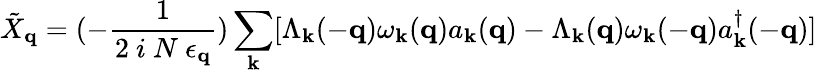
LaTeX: {\tilde{X}}_{{\mathbf{q}}}=(-\frac{1}{2\mathrm{~}i\mathrm{~}N\mathrm{~}\epsilon_{{\mathbf{q}}}})\sum_{{\mathbf{k}}}[\Lambda_{{\mathbf{k}}}(-{\mathbf{q}})\omega_{{\mathbf{k}}}({\mathbf{q}})a_{{\mathbf{k}}}({\mathbf{q}})-\Lambda_{{\mathbf{k}}}({\mathbf{q}})\omega_{{\mathbf{k}}}(-{\mathbf{q}})a_{{\mathbf{k}}}^{\dagger}(-{\mathbf{q}})]